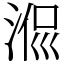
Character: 𣶜